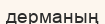
дерманың